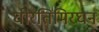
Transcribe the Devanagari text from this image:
घोरतिमिरघन